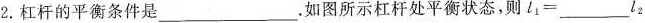
2.杠杆的平衡条件是___.如图所示杠杆处平衡状态,则$$l_{1}=___l_{2}$$